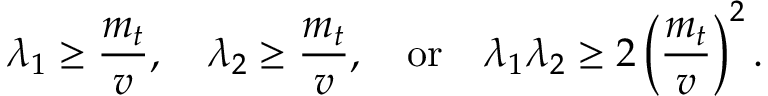
{ \lambda _ { 1 } } \ge { \frac { m _ { t } } { v } } , \quad { \lambda _ { 2 } } \ge { \frac { m _ { t } } { v } } , \quad \mathrm { o r } \quad { \lambda _ { 1 } \lambda _ { 2 } } \ge { 2 } \left( \frac { m _ { t } } { v } \right) ^ { 2 } .